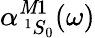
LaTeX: \alpha_{\, ^{1}S_{0}}^{\mathit{M}1}(\omega)